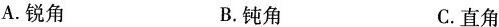
A.锐角 B.钝角 C.直角